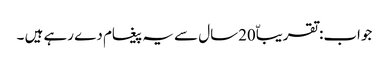
جواب:تقریباّ20سال سے یہ پیغام دے رہے ہیں ۔